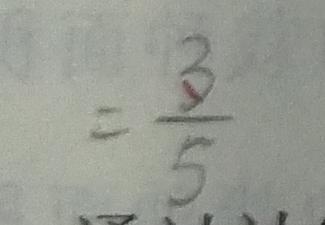
= \frac { 3 } { 5 }